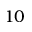
1 0